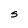
Character: S